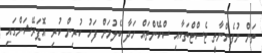
ތަން ނުފެންނާތީ ޓެސްޓްތަކާއި ސްކޭންތައް ހަދާ ބެލުމަށް ފަހު ކުރިން ކުރި އޮޕަރޭޝަންގައި